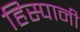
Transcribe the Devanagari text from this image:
हिस्पानी